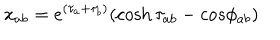
LaTeX: x _ { a b } = e ^ { ( \tau _ { a } + \tau _ { b } ) } ( \cosh \tau _ { a b } - c o s \phi _ { a b } )